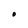
Character: O